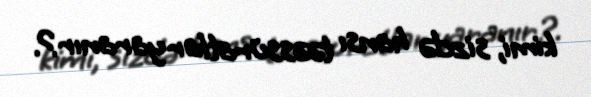
kimi, sizdə hansı təəssüratlar yaranır?.